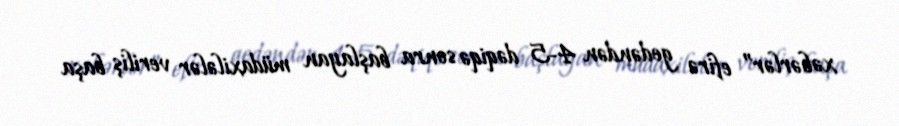
xəbərlər” efirə gedəndən 4-5 dəqiqə sonra başlayan müdaxilələr veriliş başa